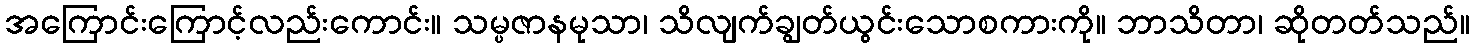
အကြောင်းကြောင့်လည်းကောင်း။ သမ္ပဇာနမုသာ၊ သိလျက်ချွတ်ယွင်းသောစကားကို။ ဘာသိတာ၊ ဆိုတတ်သည်။